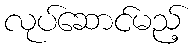
လုပ်ဆောင်မည့်